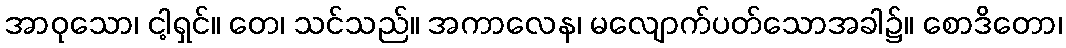
အာဝုသော၊ ငါ့ရှင်။ တေ၊ သင်သည်။ အကာလေန၊ မလျောက်ပတ်သောအခါ၌။ စောဒိတော၊